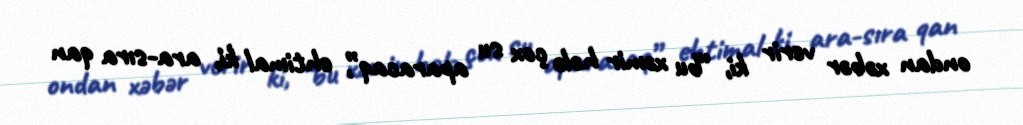
ondan xəbər verir ki, “bu xəmir hələ çox su aparacaq”, ehtimal ki, ara-sıra qan